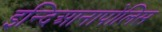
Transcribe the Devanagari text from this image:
इन्दिआनापोलिस